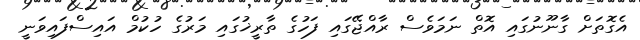
އެގޮތަށް ގާނޫނުގައި އޮތް ނަމަވެސް ރާއްޖޭގައި ފަހުގެ ތާރީޚުގައި މަރުގެ ހުކުމް އައިސްފައިވަނީ